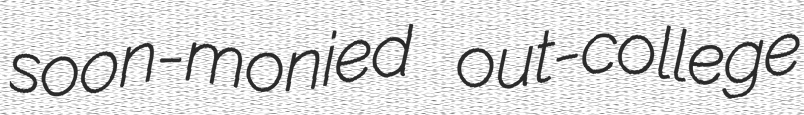
soon-monied out-college